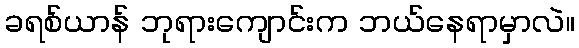
ခရစ်ယာန် ဘုရားကျောင်းက ဘယ်နေရာမှာလဲ။